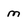
Character: m